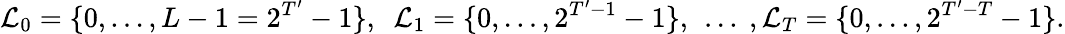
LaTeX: \mathcal{L}_{0}=\{ 0,\dotsc,L-1=2^{T^{\prime}}-1\} ,\ \ \mathcal{L}_{1}=\{ 0,\dotsc,2^{T^{\prime}-1}-1\} ,\ \dotsc\ ,\mathcal{L}_{T}=\{ 0,\dotsc,2^{T^{\prime}-T}-1\} .